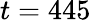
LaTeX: t=445